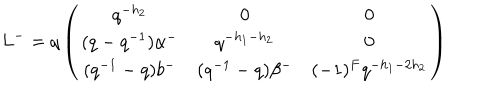
L ^ { - } = q \left( \begin{array} { c c c } { { q ^ { - h _ { 2 } } } } & { { 0 } } & { { 0 } } \\ { { ( q - q ^ { - 1 } ) \alpha ^ { - } } } & { { q ^ { - h _ { 1 } - h _ { 2 } } } } & { { 0 } } \\ { { ( q ^ { - 1 } - q ) b ^ { - } } } & { { ( q ^ { - 1 } - q ) \beta ^ { - } } } & { { ( - 1 ) ^ { F } q ^ { - h _ { 1 } - 2 h _ { 2 } } } } \\ \end{array} \right)